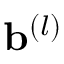
\mathbf { b } ^ { ( l ) }